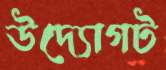
উদ্যোগট